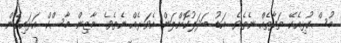
މުސްކުޅިއެކޭ ތަފާތެއް ނެތެވެ. އަޑު ބަދަލުކޮށްލަން އެވަރެއް ނެތެވެ. މާޒިން މާސްކް އަޅައިގެން